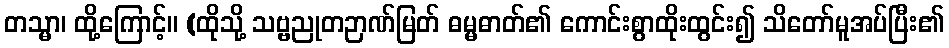
တသ္မာ၊ ထို့ကြောင့်။ (ထိုသို့ သဗ္ဗညုတဉာဏ်မြတ် ဓမ္မဓာတ်၏ ကောင်းစွာထိုးထွင်း၍ သိတော်မူအပ်ပြီး၏